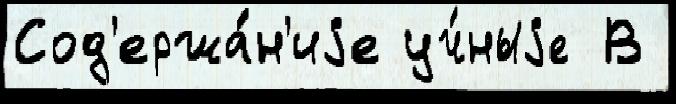
Сод'ержа́н'иjе уч́ныjе В